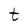
Character: t